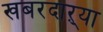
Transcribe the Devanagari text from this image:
खबरदाऱ्या